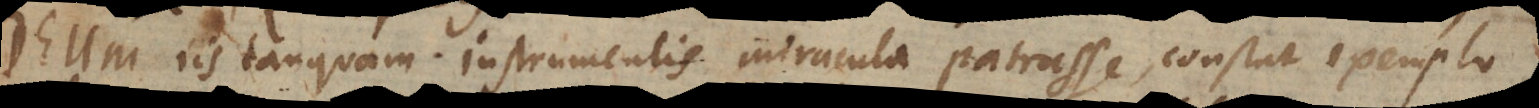
Deum iis tanquam instrumentis miracula patrasse, constat exemplo